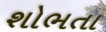
શોભતા